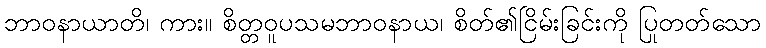
ဘာဝနာယာတိ၊ ကား။ စိတ္တဝူပသမဘာဝနာယ၊ စိတ်၏ငြိမ်းခြင်းကို ပြုတတ်သော